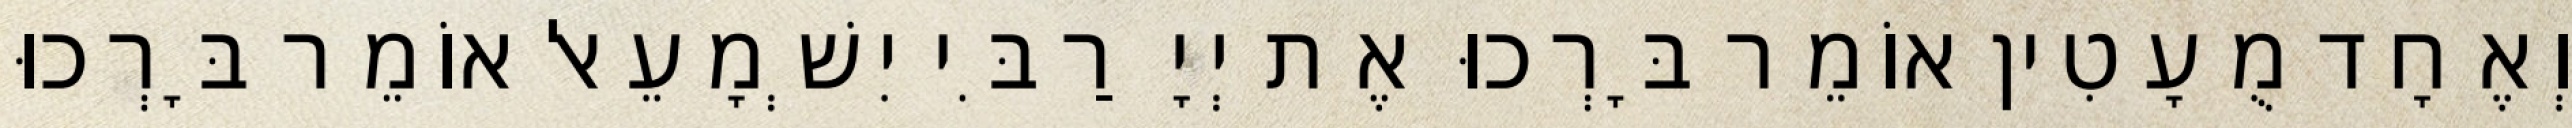
וְאֶחָד מֻעָטִין אוֹמֵר בָּרְכוּ אֶת יְיָ רַבִּי יִשְׁמָעֵאל אוֹמֵר בָּרְכוּ